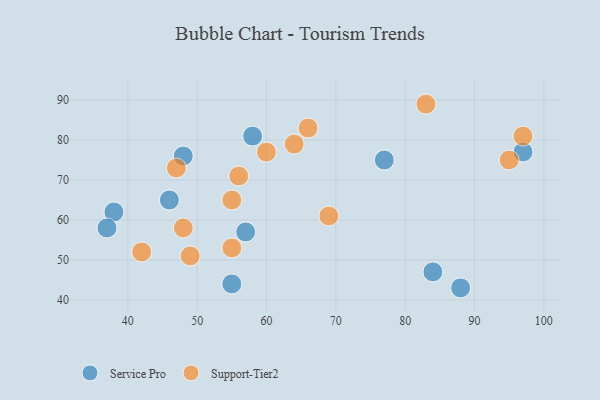
{"axis": {"x": "GDP", "y": "Life Expectancy"}, "legend": ["Service Pro", "Support-Tier2"], "data": [{"x": "88", "y": 43, "type": "Service Pro"}, {"x": "38", "y": 62, "type": "Service Pro"}, {"x": "57", "y": 57, "type": "Service Pro"}, {"x": "48", "y": 76, "type": "Service Pro"}, {"x": "55", "y": 44, "type": "Service Pro"}, {"x": "97", "y": 77, "type": "Service Pro"}, {"x": "37", "y": 58, "type": "Service Pro"}, {"x": "58", "y": 81, "type": "Service Pro"}, {"x": "84", "y": 47, "type": "Service Pro"}, {"x": "77", "y": 75, "type": "Service Pro"}, {"x": "46", "y": 65, "type": "Service Pro"}, {"x": "55", "y": 65, "type": "Support-Tier2"}, {"x": "66", "y": 83, "type": "Support-Tier2"}, {"x": "83", "y": 89, "type": "Support-Tier2"}, {"x": "47", "y": 73, "type": "Support-Tier2"}, {"x": "64", "y": 79, "type": "Support-Tier2"}, {"x": "56", "y": 71, "type": "Support-Tier2"}, {"x": "95", "y": 75, "type": "Support-Tier2"}, {"x": "97", "y": 81, "type": "Support-Tier2"}, {"x": "60", "y": 77, "type": "Support-Tier2"}, {"x": "42", "y": 52, "type": "Support-Tier2"}, {"x": "48", "y": 58, "type": "Support-Tier2"}, {"x": "55", "y": 53, "type": "Support-Tier2"}, {"x": "69", "y": 61, "type": "Support-Tier2"}, {"x": "49", "y": 51, "type": "Support-Tier2"}]}